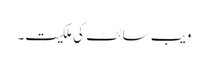
ویب سائٹ کی ملکیت۔